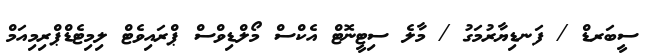
ސީބަރޑް / ފަނޑިޔާރުމަގު / މާލެ ސިޓީނޮޓް އެކްސް މޯލްޑިވްސް ޕްރައިވެޓް ލިމިޓެޑްޕްރިމިއަމް